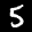
Label: 5